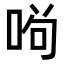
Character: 𠴣